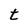
Character: t